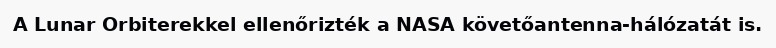
A Lunar Orbiterekkel ellenőrizték a NASA követőantenna-hálózatát is.